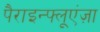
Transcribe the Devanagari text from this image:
पैराइन्फ्लूएंज़ा